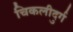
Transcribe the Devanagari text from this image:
चिकलीदुर्ग